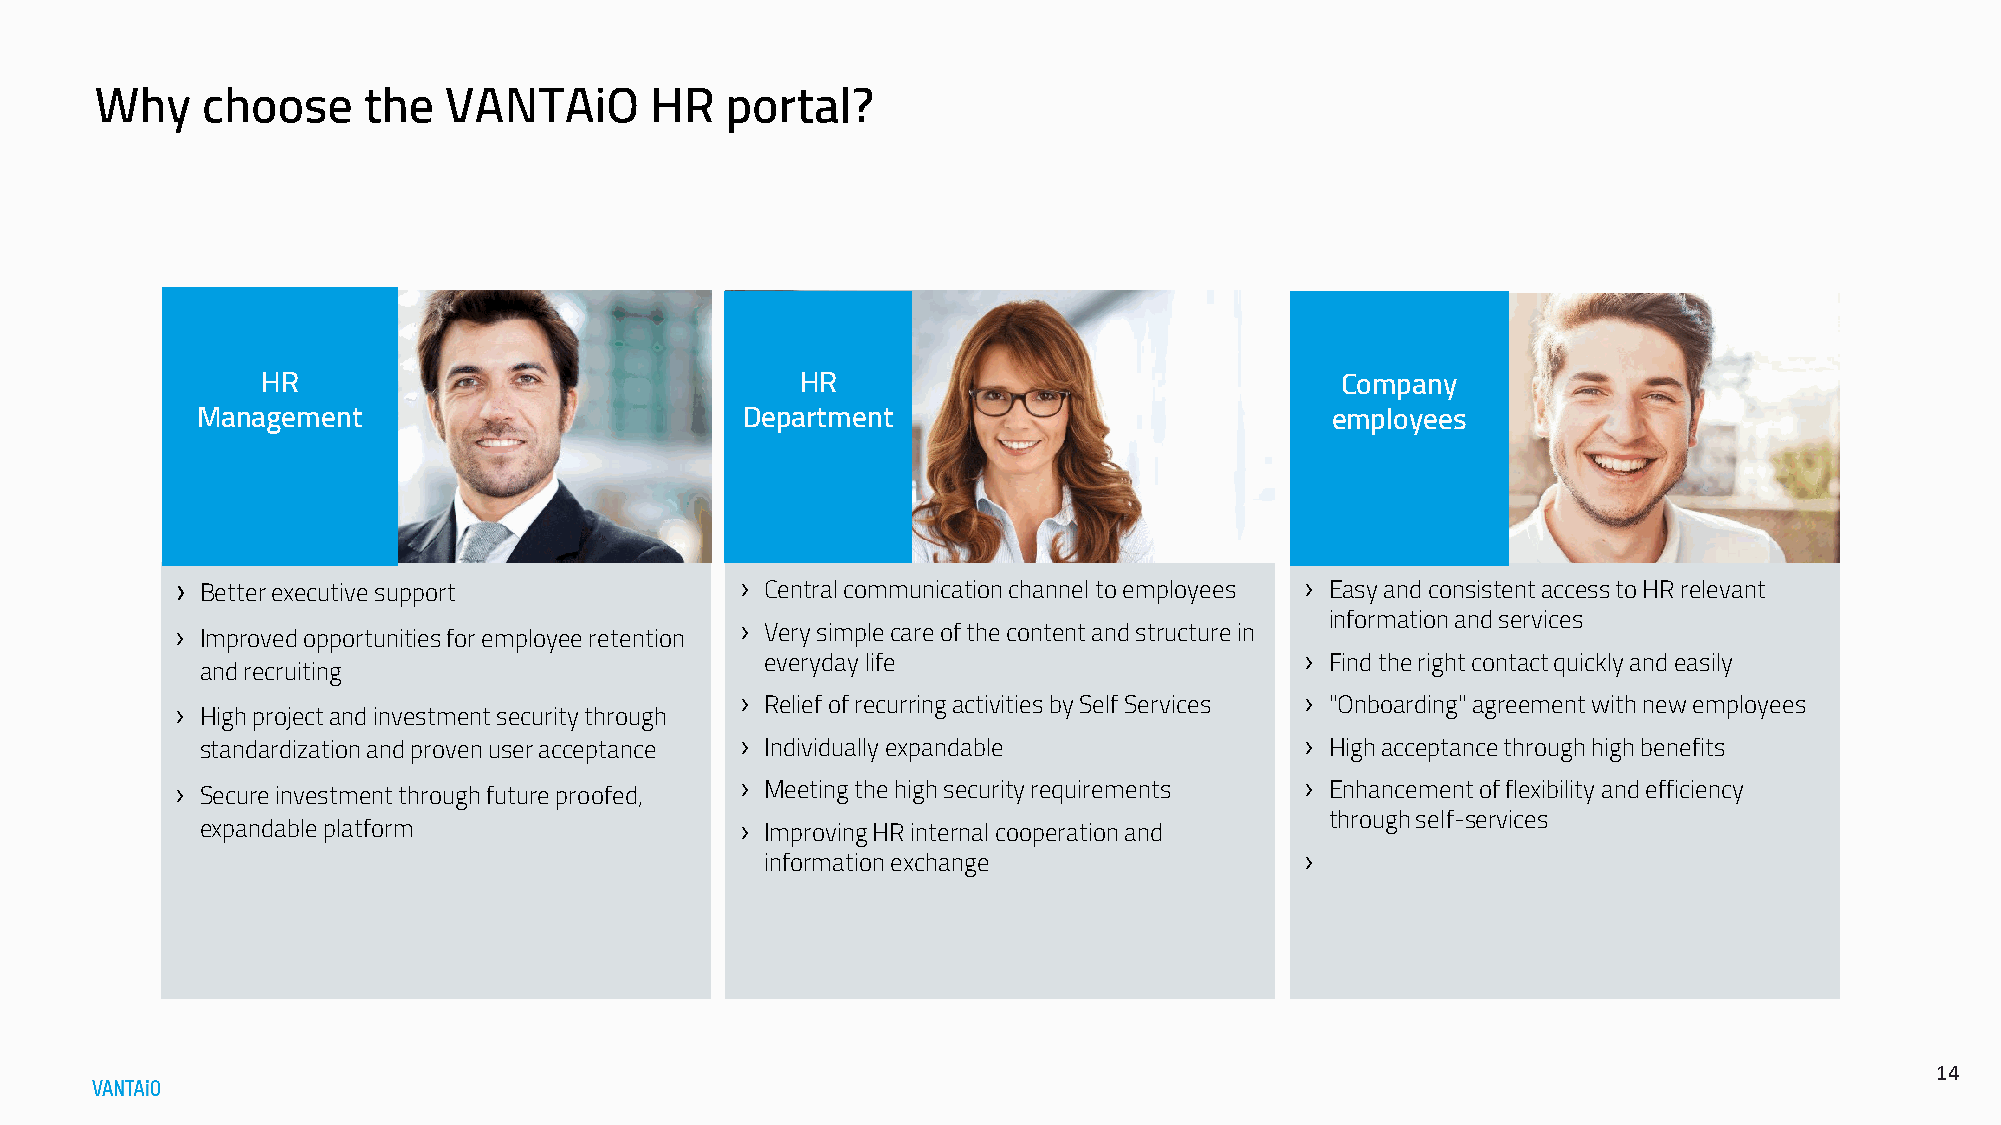
Why    choose     the  VANTAiO       HR   portal?
 HR                                  HR                                  Company
 Management                          Department                             employees
 › Betterexecutivesupport             › Central communication channel to employees › Easy and consistent access to HR relevant
 › Improved opportunities for employee retention › Very simple care of the content and structure in information and services
 ›
 everyday life                        Find the right contact quickly and easily
 and recruiting
 ›                                    ›
 ›                                      Relief of recurring activities by Self Services "Onboarding" agreement with new employees
 High project and investment security through
 ›                                    ›
 standardization and proven user acceptance Individuallyexpandable          High acceptance through high benefits
 › Secure investment through future proofed, › Meeting the high security requirements › Enhancement of flexibility and efficiency
 expandable platform                 › Improving HR internal cooperation and through self-services
 ›
 information exchange
 1144